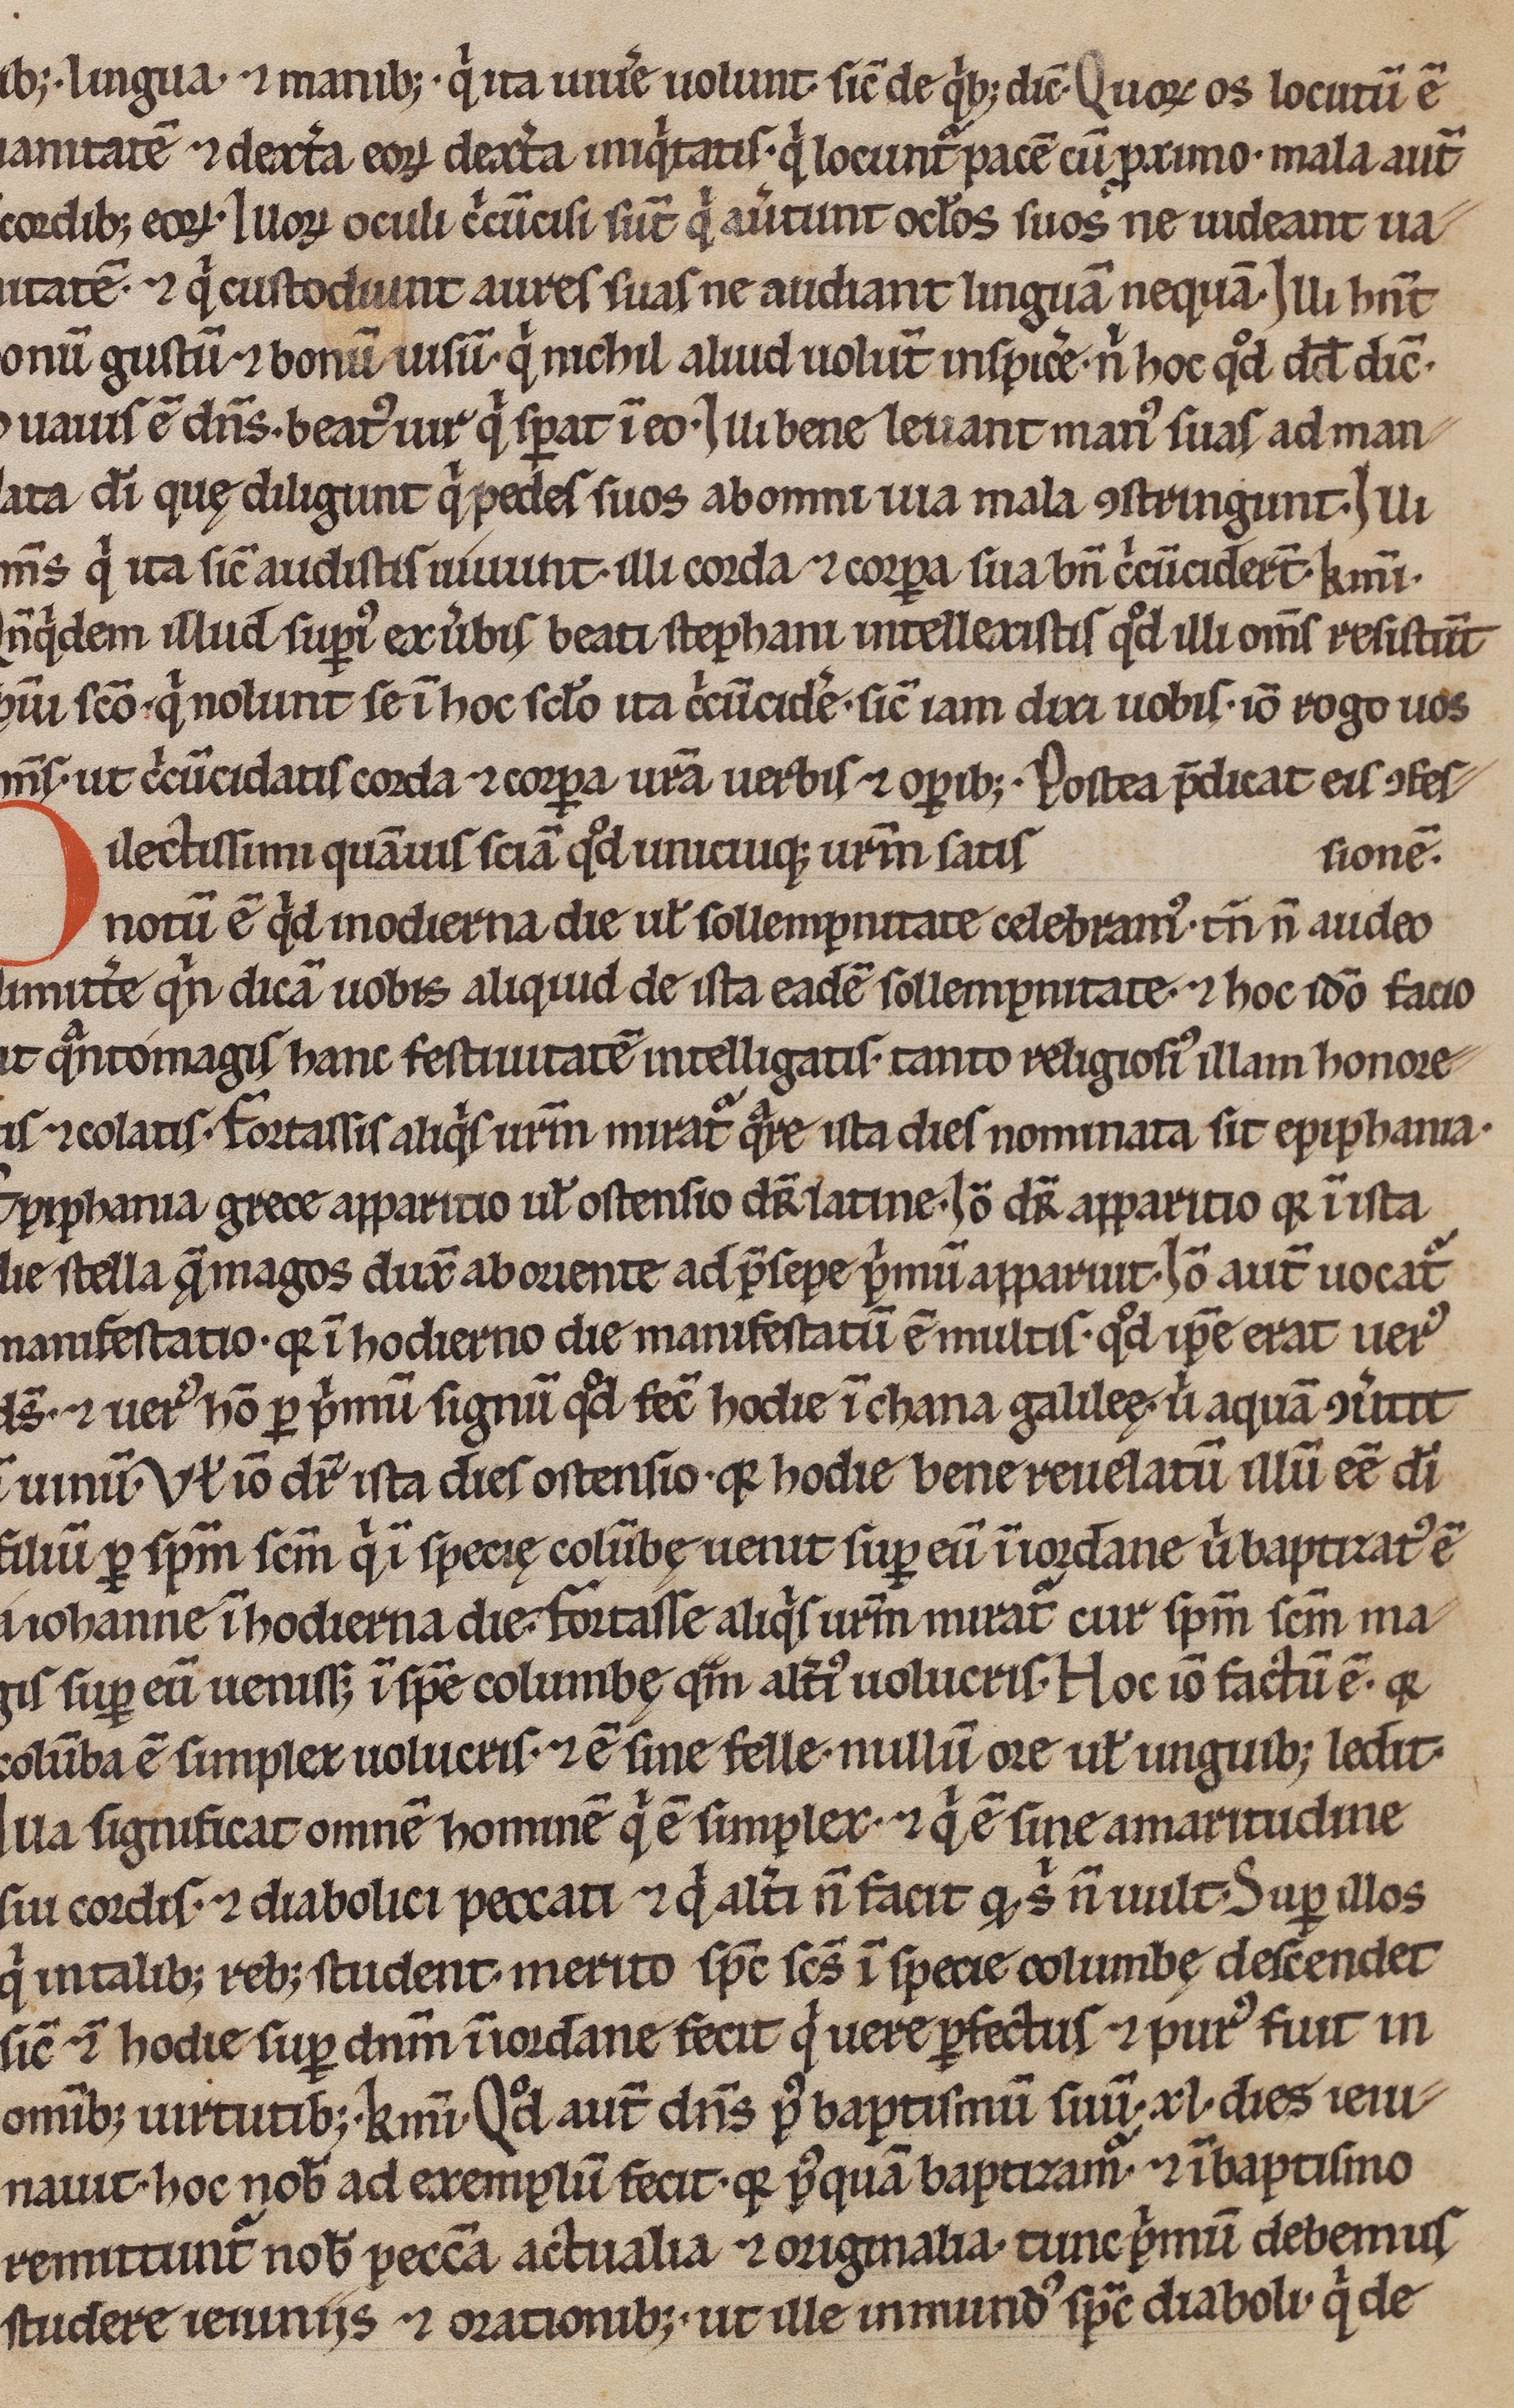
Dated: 1200–1299